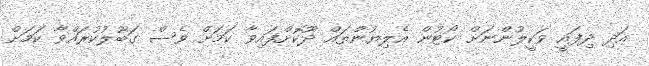
އަދި ދިފައީ ވަކީލުންނަށް ކޯޓުން އެލިޔުންތައް ދޫކޮށްފައިވާ ކަމަށް ވެސް ގަބޫލުކުރައްވާ ކަމަށް